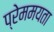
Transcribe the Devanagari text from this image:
प्रेममयता